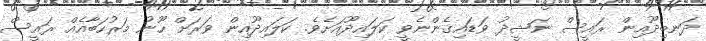
ދަނބިދޫއިން ރައީސް ނަޝީދު ވަޑައިގެންނެވީ ކަލައިދޫއަށެވެ. ކަލައިދޫއިން ވަރަށް ހޫނު މަރުހަބާއެއް ރައީސް